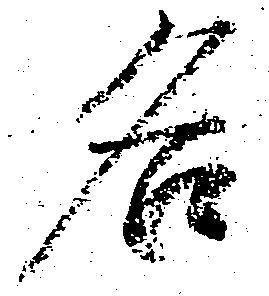
名